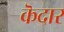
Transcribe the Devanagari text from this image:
कॆदार